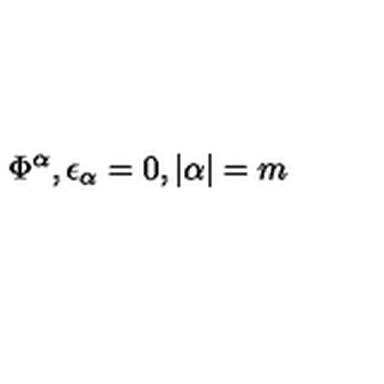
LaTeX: \Phi ^ { \alpha } , \epsilon _ { \alpha } = 0 , | \alpha | = m